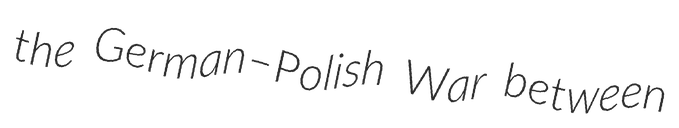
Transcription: the German–Polish War between